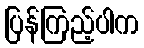
ပြန်ကြည့်ပါက